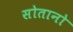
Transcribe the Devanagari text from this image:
सोतानो